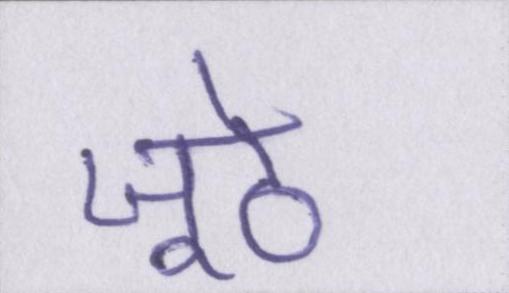
जूठे